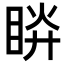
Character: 𥆵